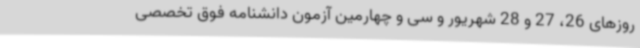
روزهای 26، 27 و 28 شهریور و سی و چهارمین آزمون دانشنامه فوق تخصصی